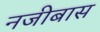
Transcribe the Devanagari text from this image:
नजीबास